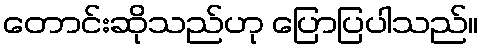
တောင်းဆိုသည်ဟု ပြောပြပါသည်။